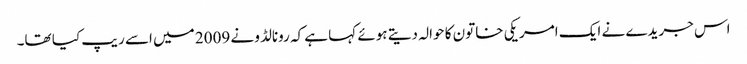
اس جریدے نے ایک امریکی خاتون کا حوالہ دیتے ہوئے کہا ہے کہ رونالڈو نے 2009 میں اسے ریپ کیا تھا۔